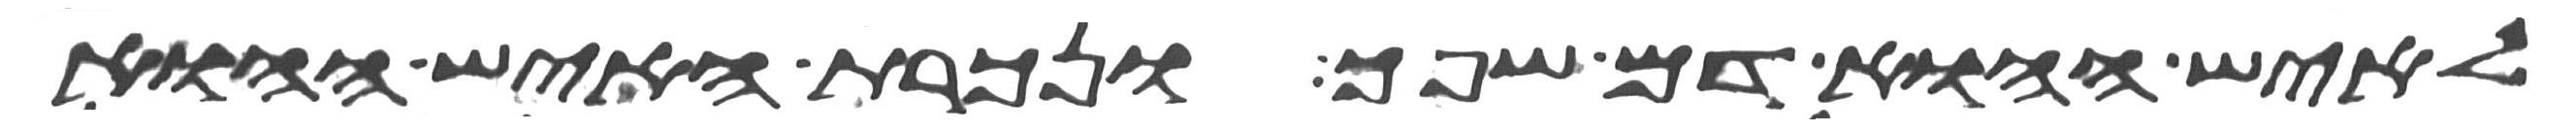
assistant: לאיש ההוא דם שפך ונכרת האיש ההוא